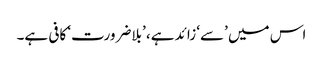
اس میں ’سے‘ زائد ہے، ’بلاضرورت‘ کافی ہے۔